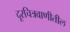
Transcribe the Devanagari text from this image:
दूरचित्रवाणीतील